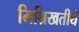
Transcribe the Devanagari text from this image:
मिश्रिखतीर्थ